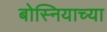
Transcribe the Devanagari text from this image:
बोस्नियाच्या